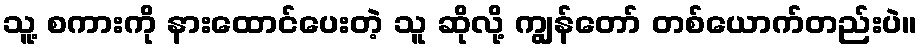
သူ့ စကားကို နားထောင်ပေးတဲ့ သူ ဆိုလို့ ကျွန်တော် တစ်ယောက်တည်းပဲ။